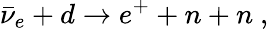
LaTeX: \bar{\nu}_{e}+d\rightarrow e^{+}+n+n~,